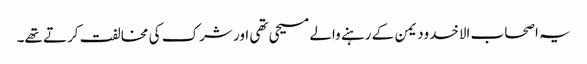
یہ اصحاب الاخدودیمن کے رہنے والے مسیحی تھی اور شرک کی مخالفت کرتے تھے۔